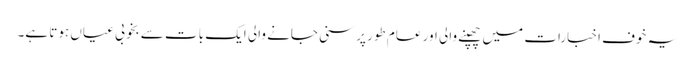
یہ خوف اخبارات میں چھپنے والی اور عام طور پر سنی جانے والی ایک بات سے بخوبی عیاں ہوتا ہے۔